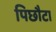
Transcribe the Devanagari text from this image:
पिछौटा